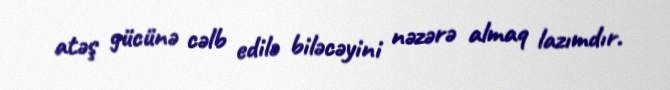
atəş gücünə cəlb edilə biləcəyini nəzərə almaq lazımdır.